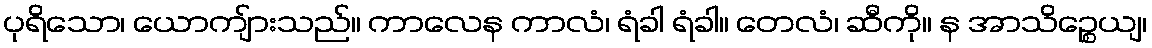
ပုရိသော၊ ယောကျ်ားသည်။ ကာလေန ကာလံ၊ ရံခါ ရံခါ။ တေလံ၊ ဆီကို။ န အာသိဉ္စေယျ၊